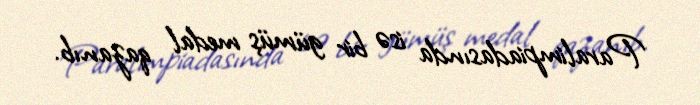
Paralimpiadasında isə bir gümüş medal qazanıb.